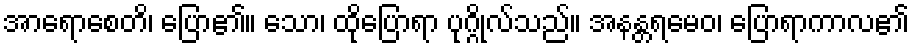
အာရောစေတိ၊ ပြော၏။ သော၊ ထိုပြောရာ ပုဂ္ဂိုလ်သည်။ အနန္တရမေဝ၊ ပြောရာကာလ၏